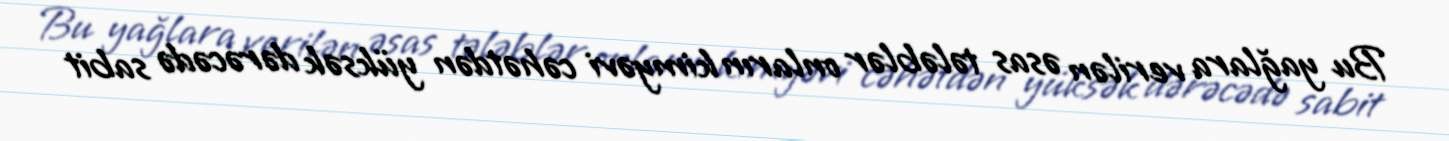
Bu yağlara verilən əsas tələblər onların kimyəvi cəhətdən yüksək dərəcədə sabit